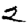
Digit: 2